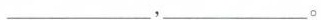
___，___。